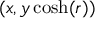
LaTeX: ( x , y \cosh ( r ) )